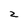
Character: 2